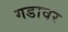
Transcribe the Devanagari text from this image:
गडावर